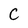
Character: C